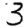
Digit: 3